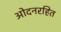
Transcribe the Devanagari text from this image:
ओदनरहित